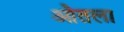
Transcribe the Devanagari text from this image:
ओतला